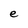
Character: e